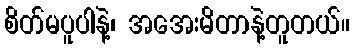
စိတ်မပူပါနဲ့၊ အအေးမိတာနဲ့တူတယ်။